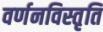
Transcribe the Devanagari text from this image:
वर्णनविस्तृति